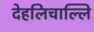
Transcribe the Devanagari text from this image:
देहलिचाल्लि